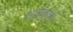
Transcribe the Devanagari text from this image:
अघर्षणी